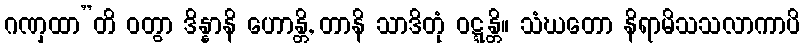
ဂဏှထာ”တိ ဝတွာ ဒိန္နာနိ ဟောန္တိ, တာနိ သာဒိတုံ ဝဋ္ဋန္တိ။ သံဃတော နိရာမိသသလာကာပိ